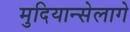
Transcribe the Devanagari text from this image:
मुदियान्सेलागे